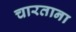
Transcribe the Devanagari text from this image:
चारताना